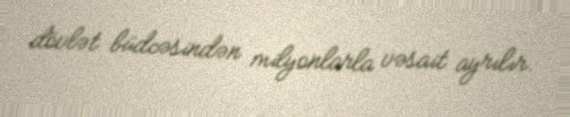
dövlət büdcəsindən milyonlarla vəsait ayrılır.